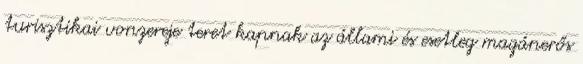
turisztikai vonzereje teret kapnak az állami és esetleg magánerős